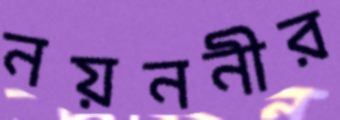
নয়ননীর